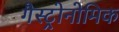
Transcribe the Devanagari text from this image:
गैस्ट्रोनोमिक